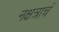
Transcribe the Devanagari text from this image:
नक्षत्राचं